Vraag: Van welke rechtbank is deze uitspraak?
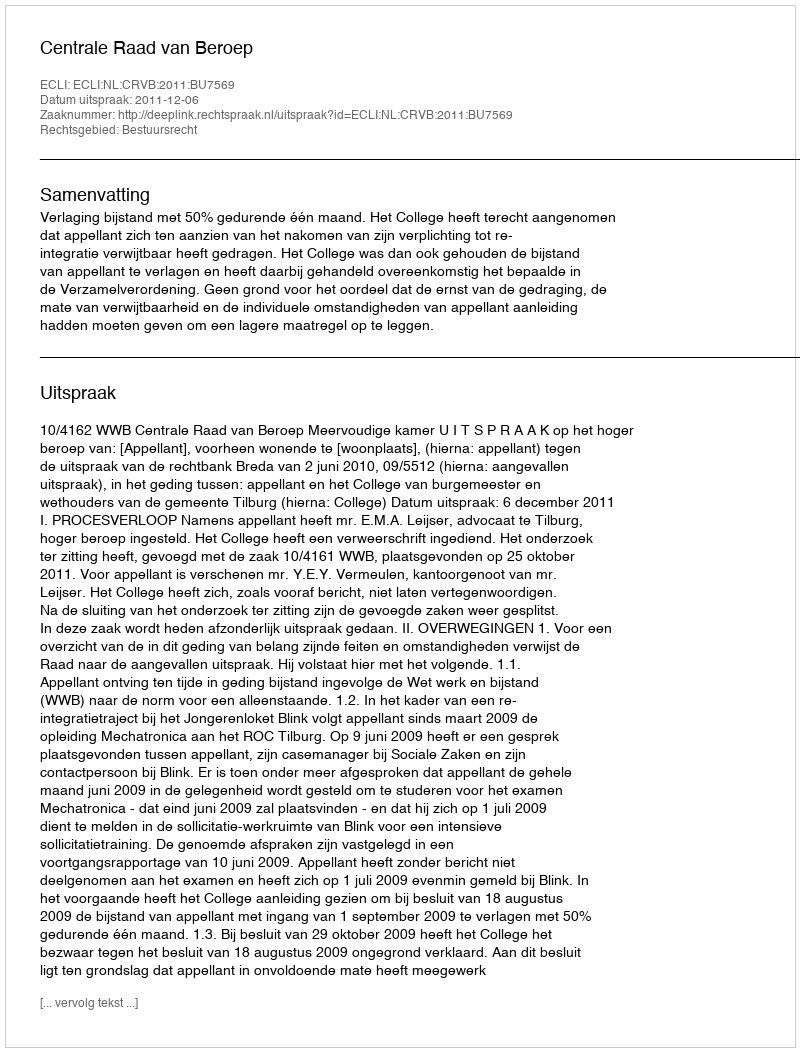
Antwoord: Centrale Raad van Beroep